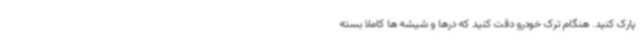
پارک کنید. هنگام ترک خودرو دقت کنید که درها و شیشه ها کاملاً بسته